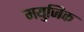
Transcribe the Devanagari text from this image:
मयुजिक